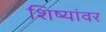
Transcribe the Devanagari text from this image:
शिष्यांवर